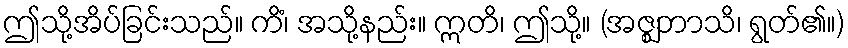
ဤသို့အိပ်ခြင်းသည်။ ကိံ၊ အသို့နည်း။ ဣတိ၊ ဤသို့။ (အဇ္ဈဘာသိ၊ ရွတ်၏။)